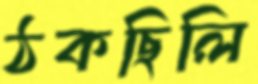
ঠকছিলি